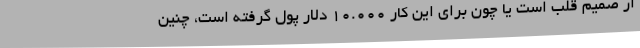
از صمیم قلب است یا چون برای این کار ۱۰.۰۰۰ دلار پول گرفته است، چنین